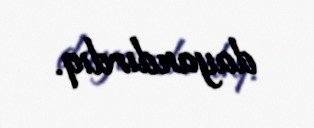
dayandırdıq.